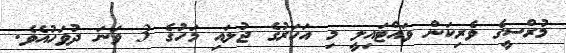
މުރްސީގެ ވެރިކަން ވައްޓައިލީ މި އަހަރުގެ ޖުލައި މަހުގެ 3 ވަނަ ދުވަހުއެވެ.